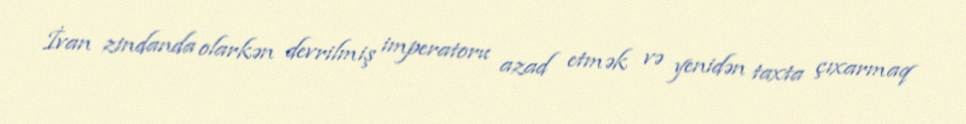
İvan zindanda olarkən devrilmiş imperatoru azad etmək və yenidən taxta çıxarmaq